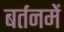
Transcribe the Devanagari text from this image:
बर्तनमें